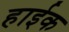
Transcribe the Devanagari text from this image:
हाईक